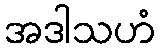
အဒါသဟံ